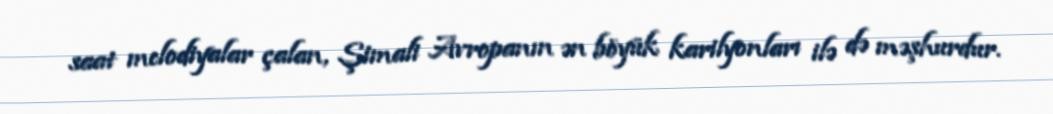
saat melodiyalar çalan, Şimali Avropanın ən böyük karilyonları ilə də məşhurdur.